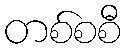
တစ်စစီ